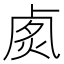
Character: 𠧽